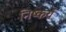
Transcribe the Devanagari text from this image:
निष्कर्य